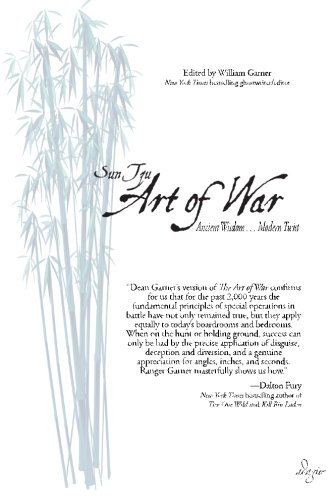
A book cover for The Art of War: Ancient Wisdom . . . Modern Twist; Sun Tzu; Self-Help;